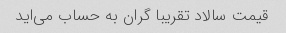
قیمت سالاد تقریبا گران به حساب می‌اید